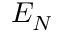
E _ { N }